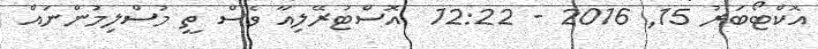
އޮކްޓޯބަރު 15